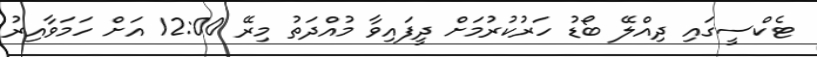
ޓެކްސީގައި ދިއްލޭ ބޯޑު ހަރުކުރުމަށް ދީފައިވާ މުއްދަތު މިރޭ 12:00 އަށް ހަމަވާއިރު